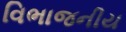
વિભાજનીય